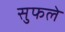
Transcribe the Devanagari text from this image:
सुफले